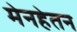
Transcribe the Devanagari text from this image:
मेनहेतन